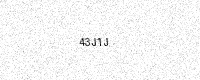
Text: 43J1J